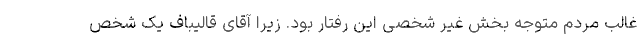
غالب مردم متوجه بخش غیر شخصی این رفتار بود. زیرا آقای قالیباف یک شخص